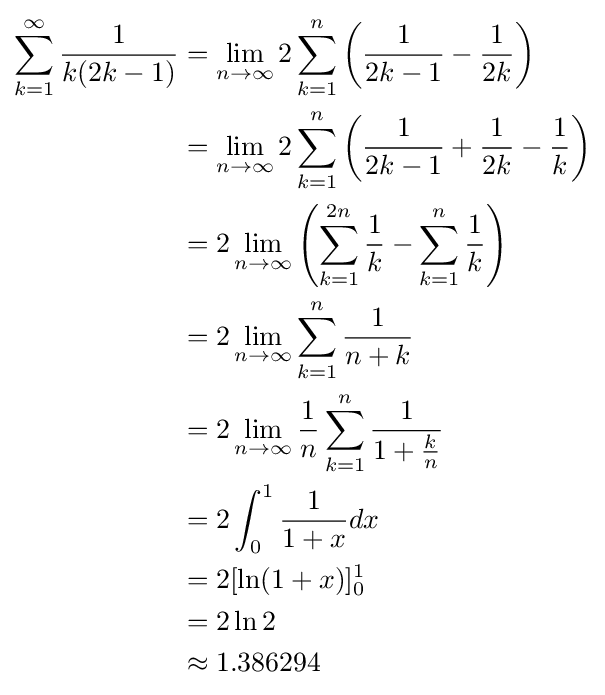
{\begin{aligned}\sum _{k=1}^{\infty }{\frac {1}{k(2k-1)}}&=\lim _{n\to \infty }2\sum _{k=1}^{n}\left({\frac {1}{2k-1}}-{\frac {1}{2k}}\right)\\&=\lim _{n\to \infty }2\sum _{k=1}^{n}\left({\frac {1}{2k-1}}+{\frac {1}{2k}}-{\frac {1}{k}}\right)\\&=2\lim _{n\to \infty }\left(\sum _{k=1}^{2n}{\frac {1}{k}}-\sum _{k=1}^{n}{\frac {1}{k}}\right)\\&=2\lim _{n\to \infty }\sum _{k=1}^{n}{\frac {1}{n+k}}\\&=2\lim _{n\to \infty }{\frac {1}{n}}\sum _{k=1}^{n}{\frac {1}{1+{\frac {k}{n}}}}\\&=2\int _{0}^{1}{\frac {1}{1+x}}dx\\&=2[\ln(1+x)]_{0}^{1}\\&=2\ln {2}\\&\approx {1.386294}\end{aligned}}